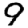
Digit: 9